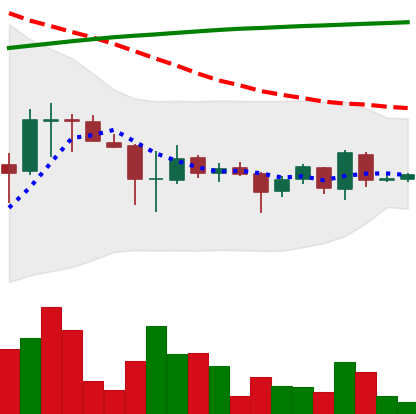
Ticker: EOS-USD
Chart end date: 2018-04-08
Forward return: 46.378%
Label: up_7plus